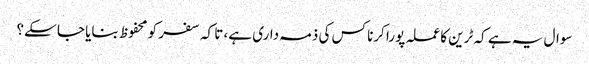
سوال یہ ہے کہ ٹرین کا عملہ پورا کرنا کس کی ذمہ داری ہے، تا کہ سفر کو محفوظ بنایا جا سکے؟